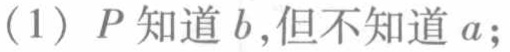
(1) \(P\) 知道 \(b\)，但不知道 \(a\)；